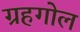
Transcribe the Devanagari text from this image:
ग्रहगोल